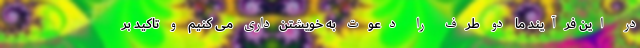
در این فرآیند ما دو طرف را دعوت به خویشتن‌داری می کنیم و تاکید بر